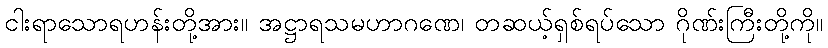
ငါးရာသောရဟန်းတို့အား။ အဋ္ဌာရသမဟာဂဏေ၊ တဆယ့်ရှစ်ရပ်သော ဂိုဏ်းကြီးတို့ကို။